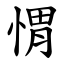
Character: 㥜